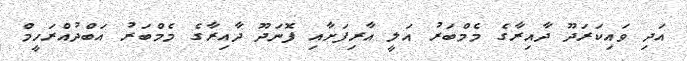
އަދި ވައިކަރަދޫ ދާއިރާގެ މެމްބަރު އަލީ އާރިފަށާއި ފޮނަދޫ ދާއިރާގެ މެމްބަރު އަބްދުއްރަހީމް